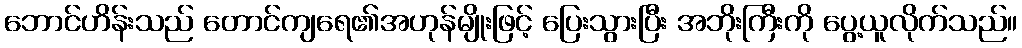
ဘောင်ဟိန်းသည် တောင်ကျရေ၏အဟုန်မျိုးဖြင့် ပြေးသွားပြီး အဘိုးကြီးကို ပွေ့ယူလိုက်သည်။